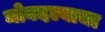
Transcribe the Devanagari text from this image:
मोबदल्याचा